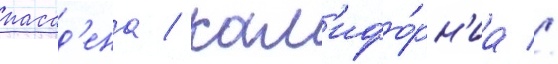
пасад'ена / кал'ифо́рн'иа //